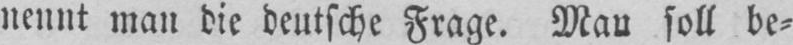
nennt man die deutsche Frage. Man soll be⸗